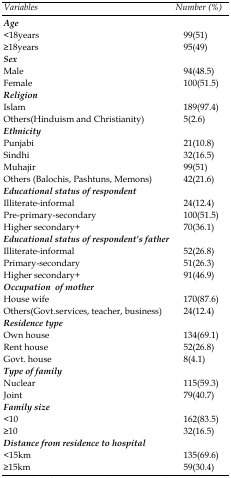
<table><thead><tr><td><b><i>Variables </i></b></td><td><b><i>Number (%)</i></b></td></tr><tr><td><b><i>Age </i></b></td><td><b> </b></td></tr></thead><tbody><tr><td>&lt;18years</td><td>99(51)</td></tr><tr><td>≥18years</td><td>95(49)</td></tr><tr><td><i>Sex</i></td><td> </td></tr><tr><td>Male</td><td>94(48.5)</td></tr><tr><td>Female</td><td>100(51.5)</td></tr><tr><td><i>Religion</i></td><td> </td></tr><tr><td>Islam</td><td>189(97.4)</td></tr><tr><td>Others(Hinduism and Christianity) </td><td>5(2.6)</td></tr><tr><td><i>Ethnicity</i></td><td> </td></tr><tr><td>Punjabi</td><td>21(10.8)</td></tr><tr><td>Sindhi</td><td>32(16.5)</td></tr><tr><td>Muhajir</td><td>99(51)</td></tr><tr><td>Others (Balochis, Pashtuns, Memons)</td><td>42(21.6)</td></tr><tr><td><i>Educational status of respondent</i></td><td> </td></tr><tr><td>Illiterate-informal</td><td>24(12.4)</td></tr><tr><td>Pre-primary-secondary</td><td>100(51.5)</td></tr><tr><td>Higher secondary+</td><td>70(36.1)</td></tr><tr><td><i>Educational status of respondent’s father</i></td><td> </td></tr><tr><td>Illiterate-informal</td><td>52(26.8)</td></tr><tr><td>Primary-secondary</td><td>51(26.3)</td></tr><tr><td>Higher secondary+</td><td>91(46.9)</td></tr><tr><td><i>Occupation of mother</i></td><td> </td></tr><tr><td>House wife</td><td>170(87.6)</td></tr><tr><td>Others(Govt.services, teacher, business)</td><td>24(12.4)</td></tr><tr><td><i>Residence type </i></td><td> </td></tr><tr><td>Own house</td><td>134(69.1)</td></tr><tr><td>Rent house</td><td>52(26.8)</td></tr><tr><td>Govt. house</td><td>8(4.1)</td></tr><tr><td><i>Type of family </i></td><td> </td></tr><tr><td>Nuclear</td><td>115(59.3)</td></tr><tr><td>Joint</td><td>79(40.7)</td></tr><tr><td><i>Family size</i></td><td> </td></tr><tr><td>&lt;10</td><td>162(83.5)</td></tr><tr><td>≥10</td><td>32(16.5)</td></tr><tr><td><i>Distance from residence to hospital</i></td><td> </td></tr><tr><td><b>&lt;</b>15km</td><td>135(69.6)</td></tr><tr><td>≥15km</td><td>59(30.4)</td></tr></tbody></table>